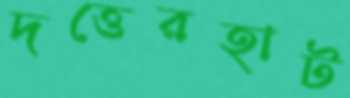
দত্তেরহাট